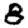
Digit: 8